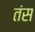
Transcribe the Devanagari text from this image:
तंस